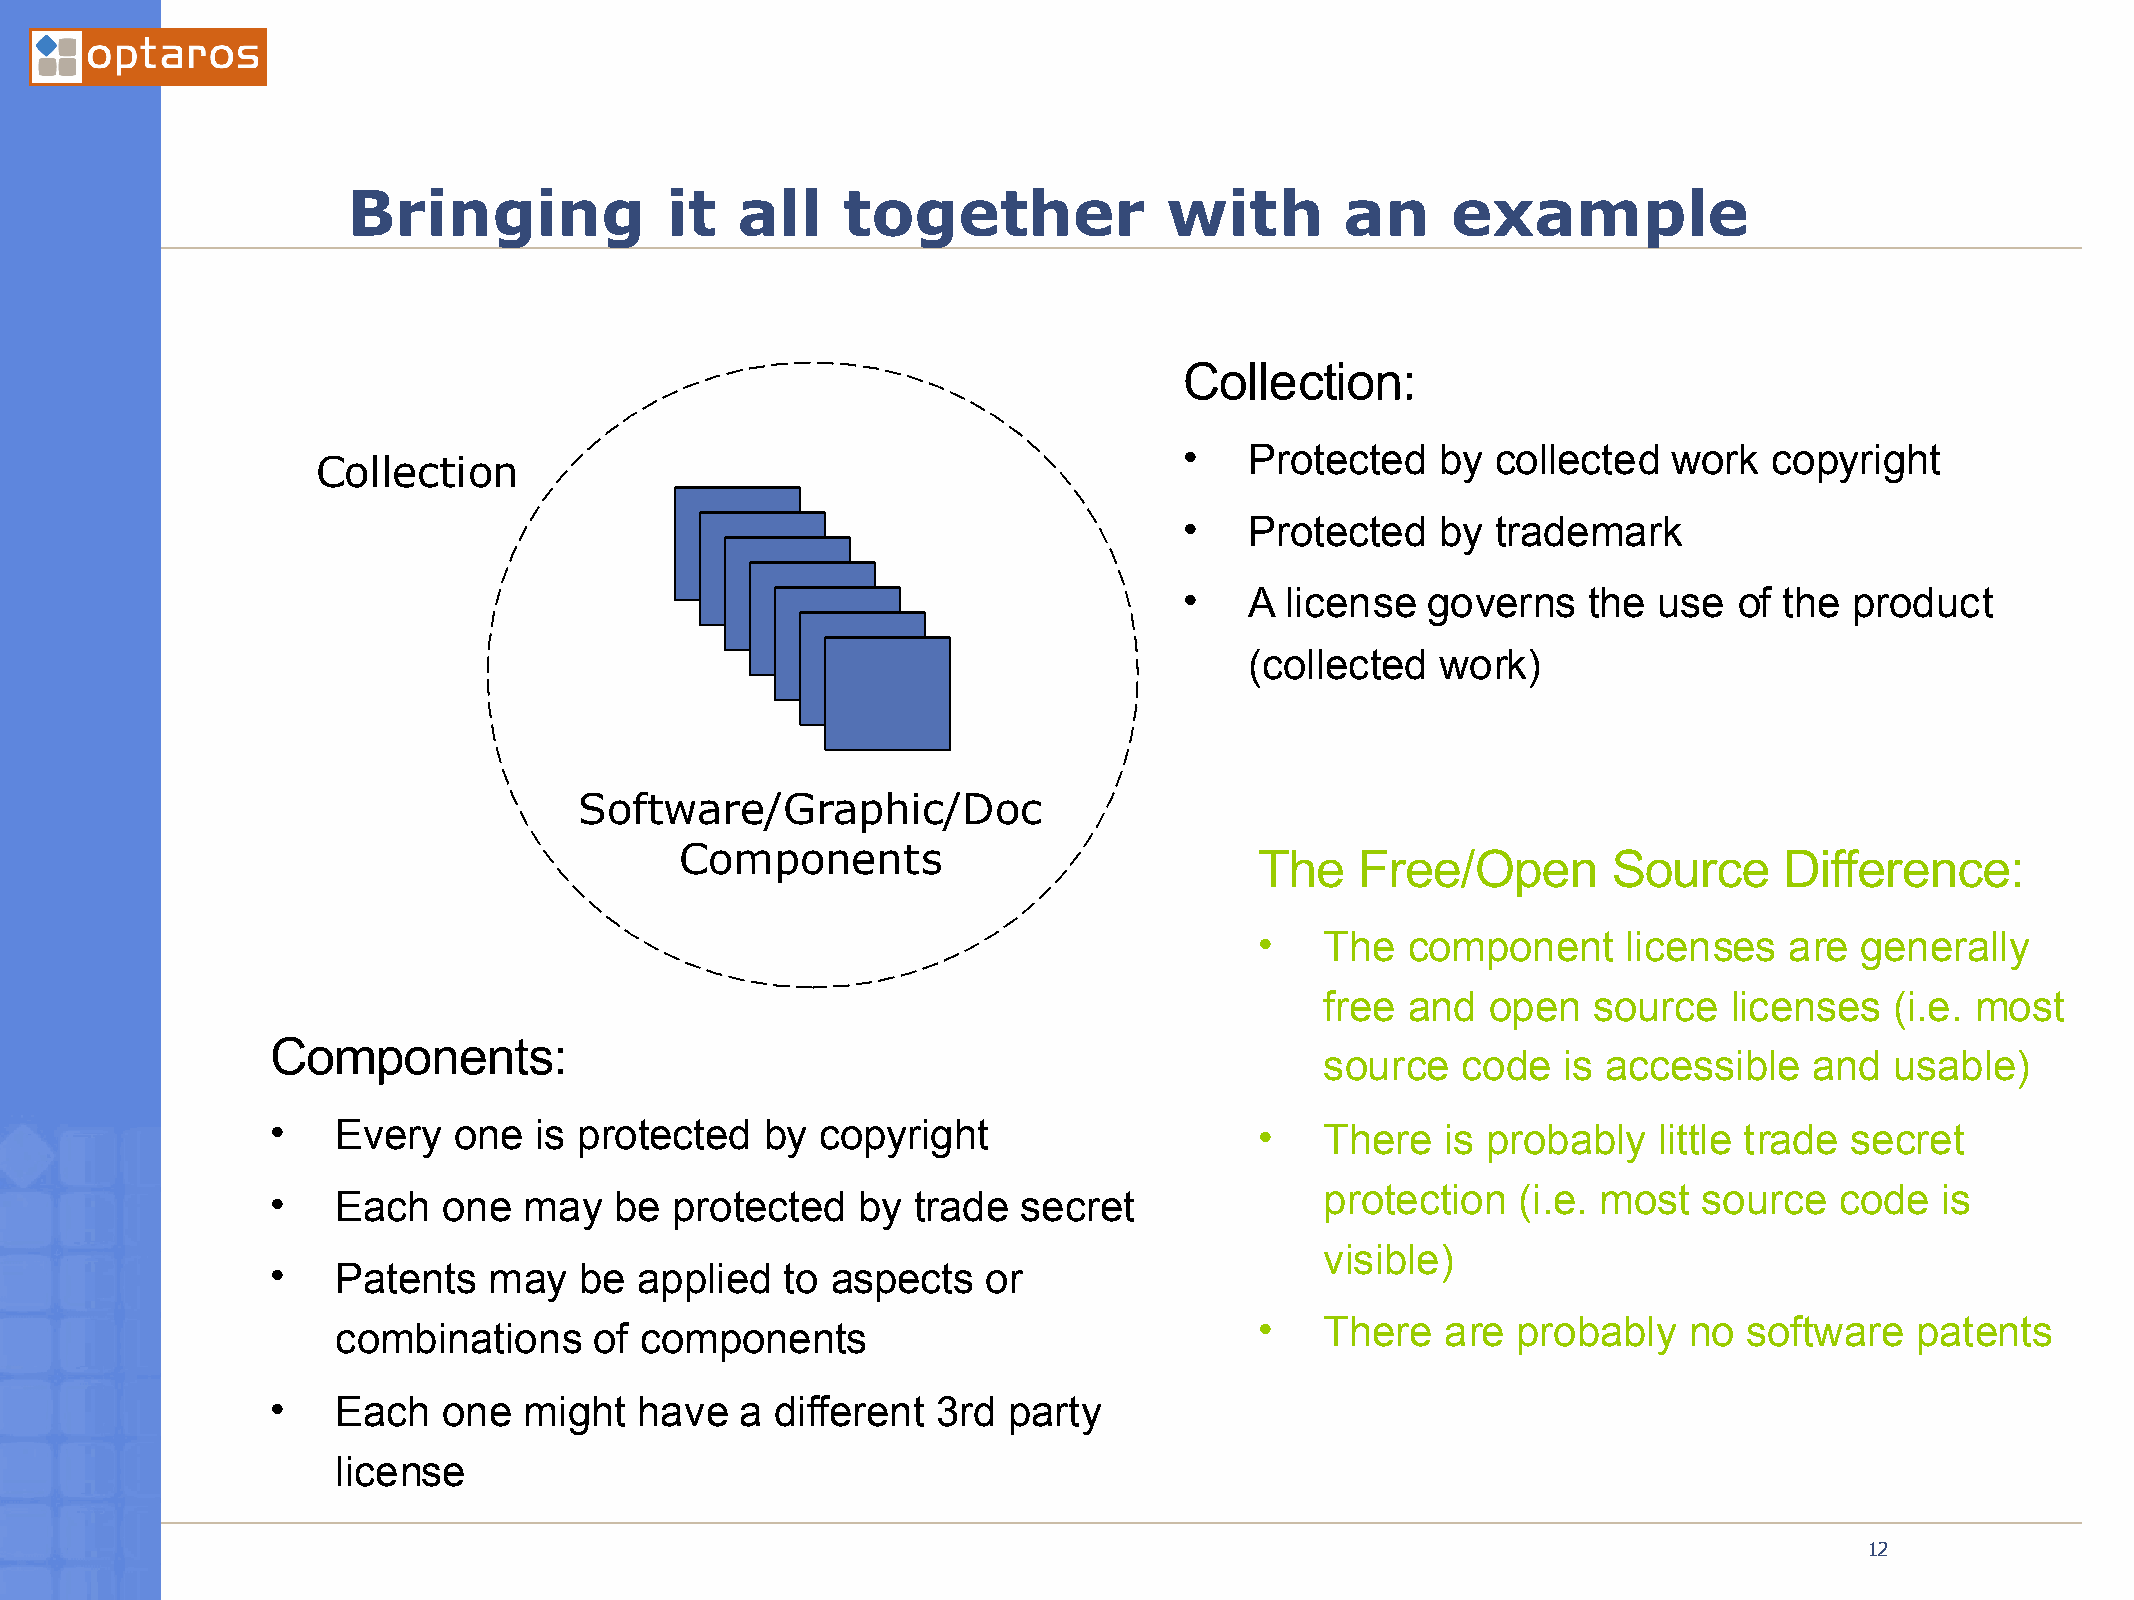
Bringing             it   all    together             with        an     example
 Collection:
 •    Protected   by  collected   work  copyright
 Collection
 •    Protected   by  trademark
 •    A license  governs    the  use  of the  product
 (collected  work)
 Software/Graphic/Doc
 Components                            The    Free/Open        Source     Difference:
 •    The  component      licenses  are  generally
 free and   open  source    licenses  (i.e. most
 Components:
 source   code  is accessible    and  usable)
 •   Every   one  is protected    by copyright                    •    There   is probably   little trade secret
 •   Each   one   may   be protected    by trade   secret              protection  (i.e. most   source   code  is
 visible)
 •   Patents   may   be  applied   to aspects   or
 •    There   are probably    no  software   patents
 combinations     of components
 •   Each   one   might  have   a different  3rd  party
 license
 03/21/2005
 12